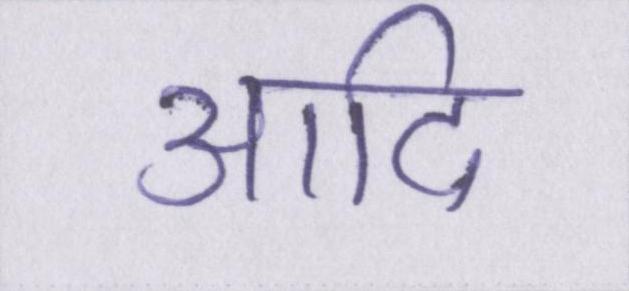
आदि